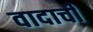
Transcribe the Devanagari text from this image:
वादाचीं